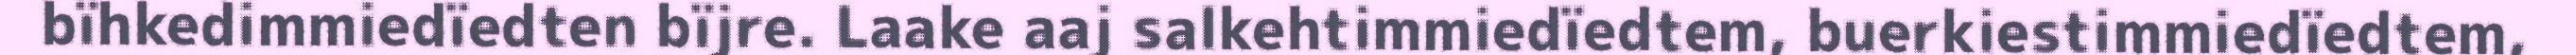
bïhkedimmiedïedten bïjre. Laake aaj salkehtimmiedïedtem, buerkiestimmiedïedtem,